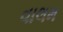
વાલમ